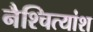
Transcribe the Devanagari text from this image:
नैश्चित्यांश